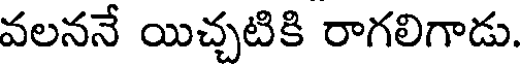
వలననే యిచ్చటికి రాగలిగాడు.